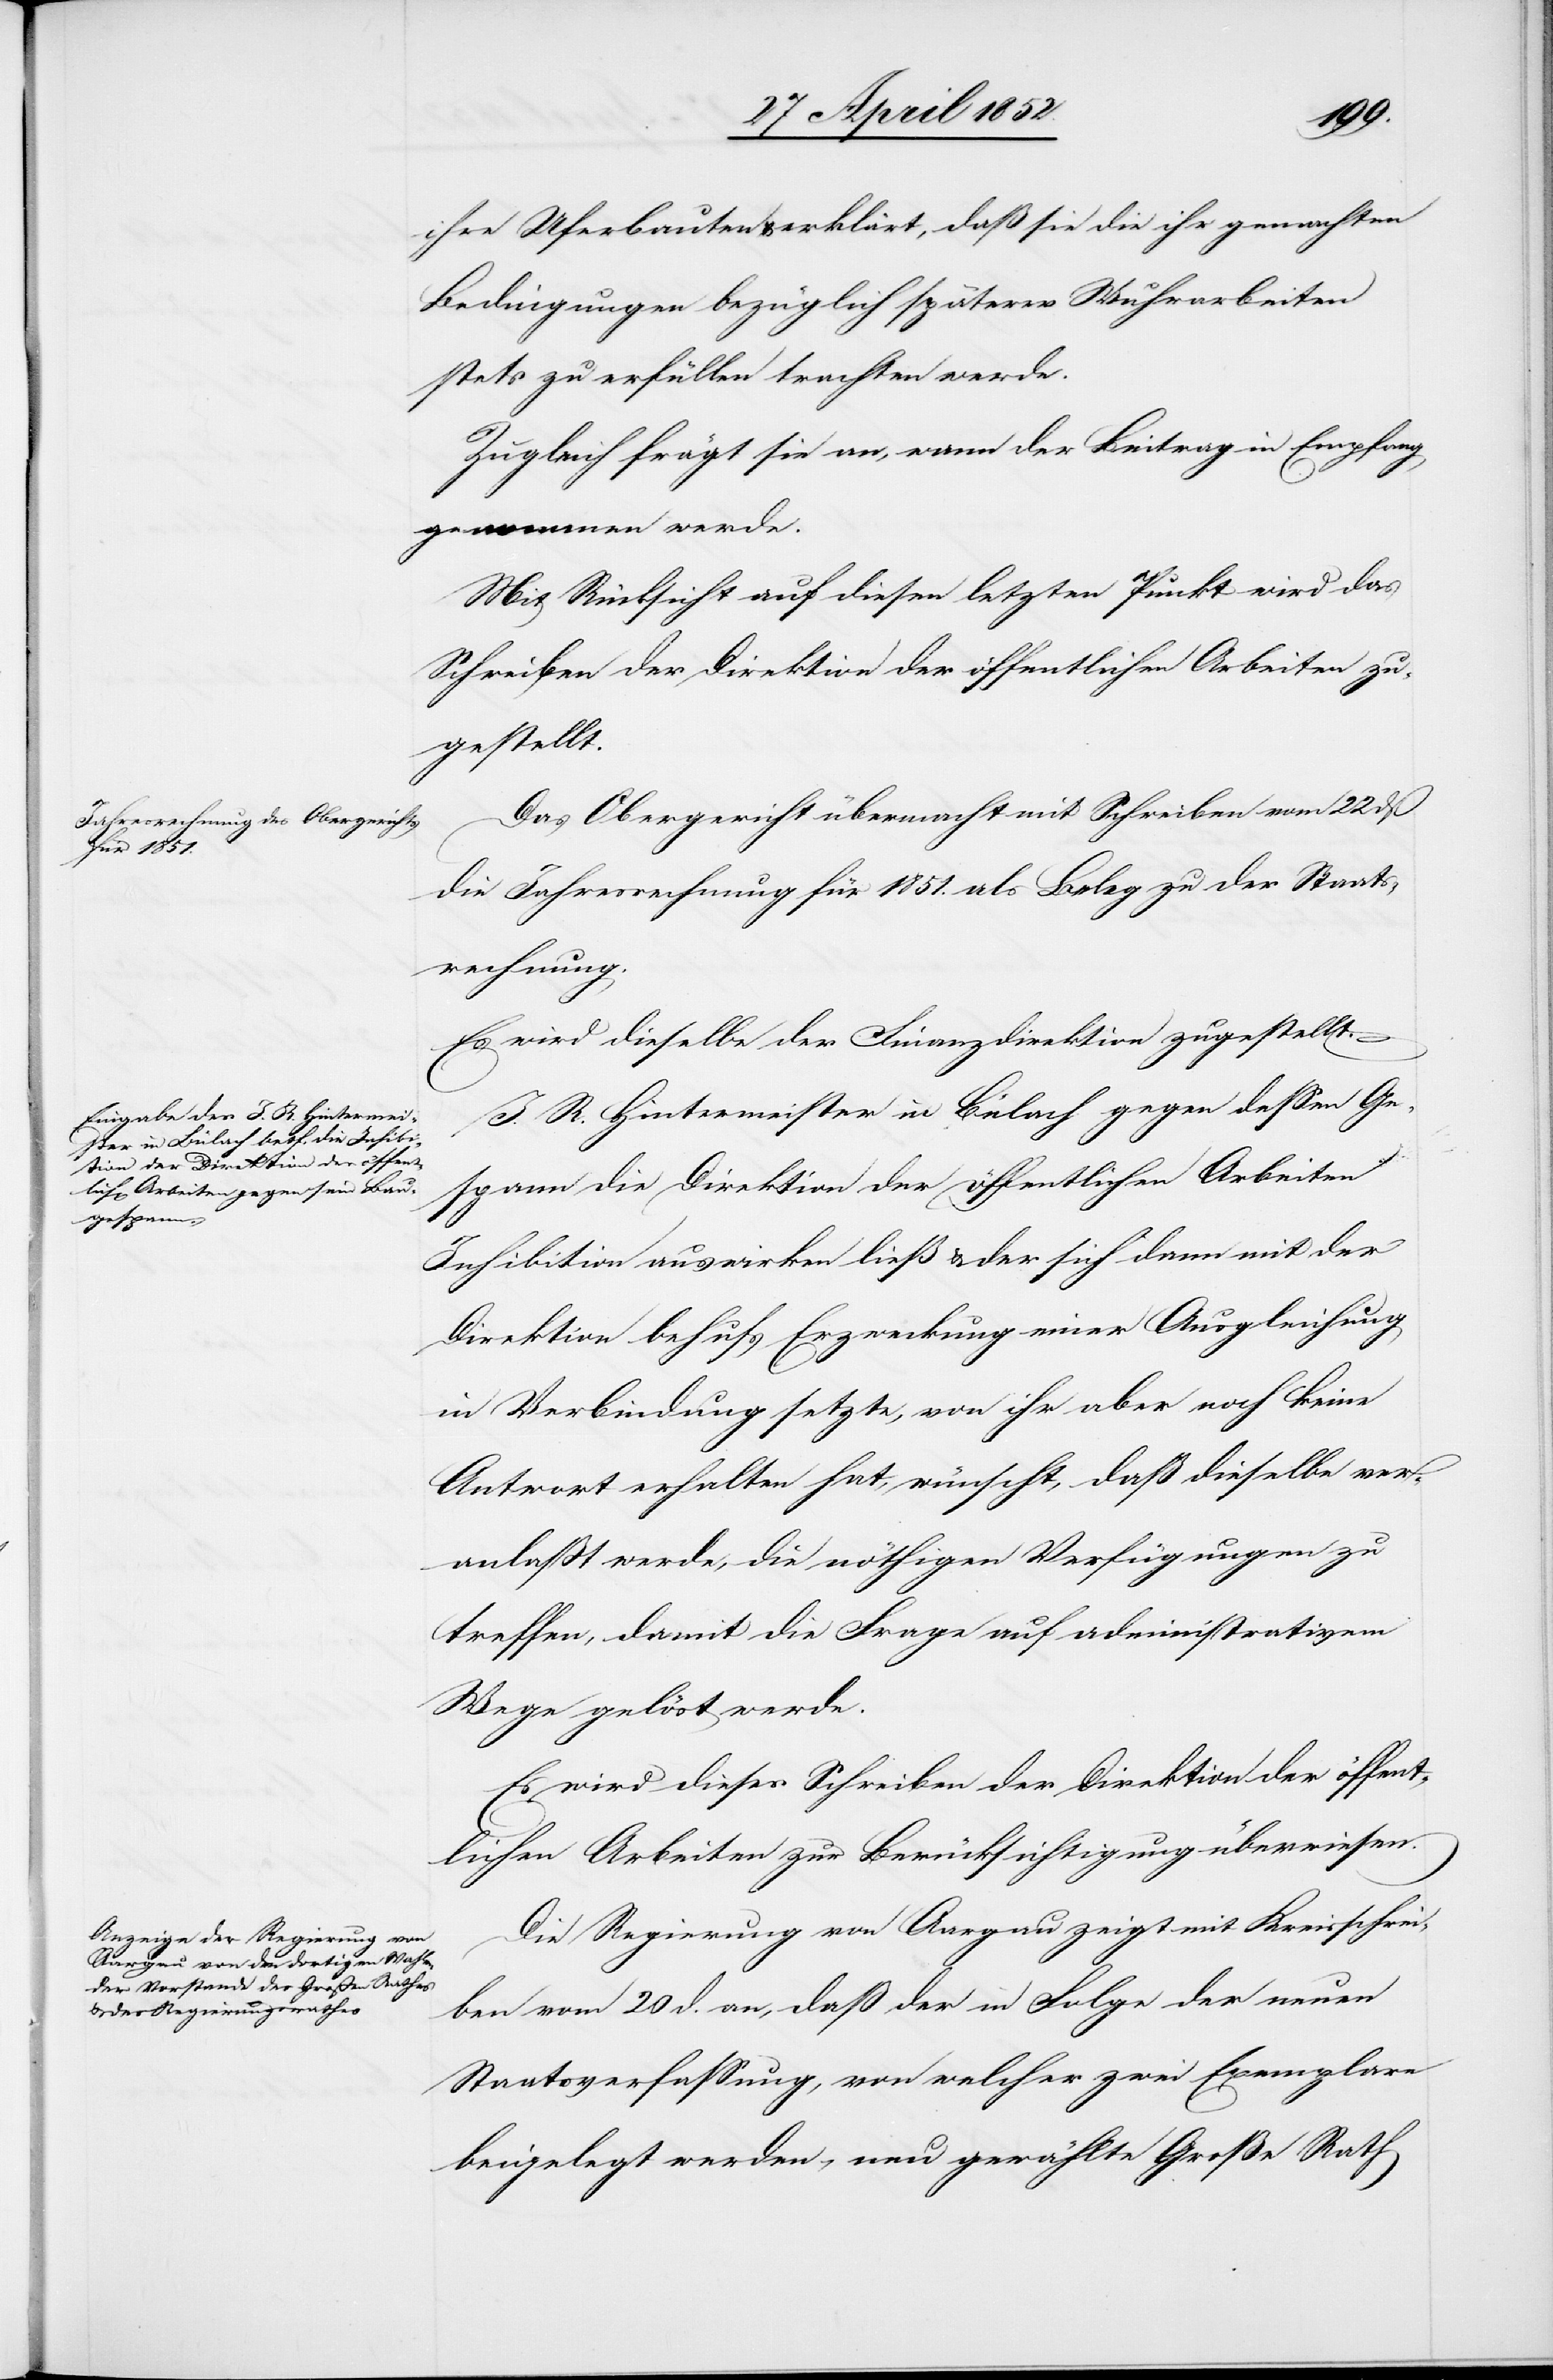
ihre Uferbauten & erklärt, daß sie die ihr gemachten
Bedingungen bezüglich späterer Wuhrarbeiten
stets zu erfüllen trachten werde.
Zugleich frägt sie an, wann der Beitrag in Empfang
genommen werde.
Mit Rücksicht auf diesen letzten Punkt wird das
Schreiben der Direktion der öffentlichen Arbeiten zu¬
gestellt.
Das Obergericht übermacht mit Schreiben vom 22 dß
die Jahresrechnung für 1851. als Beleg zu der Staats¬
rechnung.
Es wird dieselbe der Finanzdirektion zugestellt.
J. R. Hintermeister in Bülach gegen dessen Ge¬
spann die Direktion der öffentlichen Arbeiten
Inhibition auswirken ließ & der sich dann mit der
Direktion behufs Erzweckung einer Ausgleichung
in Verbindung setzte, von ihr aber noch keine
Antwort erhalten hat, wünscht, daß dieselbe ver¬
anlasst werde, die nöthigen Verfügungen zu
treffen, damit die Frage auf administrativem
Wege gelöst werde.
Es wird dieses Schreiben der Direktion der öffent¬
lichen Arbeiten zur Berücksichtigung überwiesen.
Die Regierung von Aargau zeigt mit Kreisschrei¬
ben vom 20 d. an, daß der in Folge der neuen
Staatsverfassung, von welcher zwei Exemplare
beigelegt werden, neu gewählte Große Rath